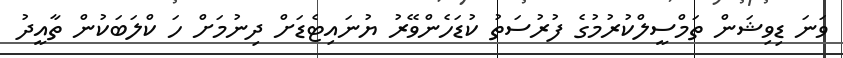
ވަަނަ ޑިވިޝަން ތަމްސީލްކުރުމުގެ ފުރުސަތު ކުޑަހެންވޭރު ޔުނައިޓެޑަށް ދިނުމަށް ހަ ކްލަބަކުން ތާއީދު